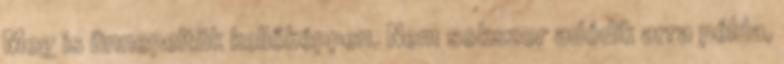
Meg is ünnepeltük kellőképpen. Nem sokszor adódik arra példa,